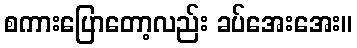
စကားပြောတော့လည်း ခပ်အေးအေး။